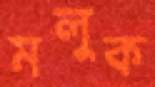
মলুক